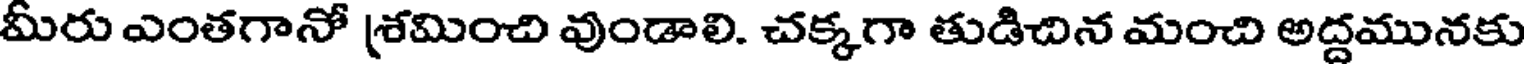
మీరు ఎంతగానో శ్రమించి వుండాలి. చక్కగా తుడిచిన మంచి అద్దమునకు